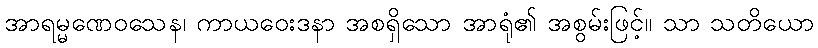
အာရမ္မဏေဝသေန၊ ကာယဝေးဒနာ အစရှိသော အာရုံ၏ အစွမ်းဖြင့်။ သာ သတိယော